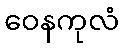
ဝေနကုလံ